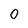
Character: 0